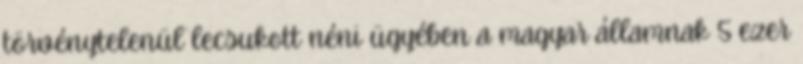
törvénytelenül lecsukott néni ügyében a magyar államnak 5 ezer